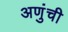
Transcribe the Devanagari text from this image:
अणुंची